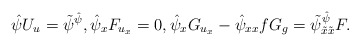
\begin{align*}\hat\psi U_u=\tilde\psi^{\hat\psi},\hat\psi_xF_{u_x}=0,\hat\psi_xG_{u_x}-\hat\psi_{xx}fG_g=\tilde\psi^{\hat\psi}_{\tilde x\tilde x}F.\end{align*}